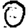
Digit: 0